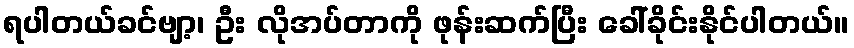
ရပါတယ်ခင်ဗျာ့၊ ဦး လိုအပ်တာကို ဖုန်းဆက်ပြီး ခေါ်ခိုင်းနိုင်ပါတယ်။